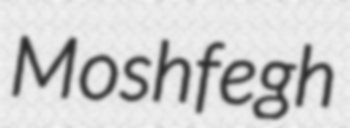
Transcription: Moshfegh